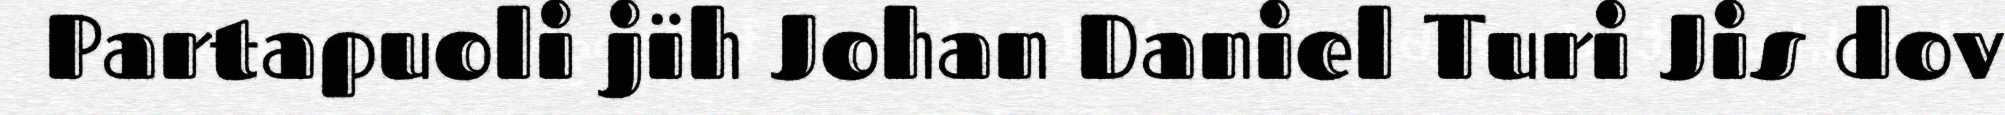
Partapuoli jïh Johan Daniel Turi Jis dov